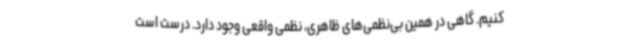
کنیم. گاهی در همین بی‌نظمی‌های ظاهری، نظمی واقعی وجود دارد. درست است